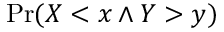
\operatorname* { P r } ( X < x \land Y > y )